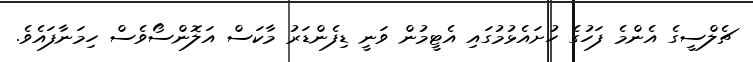
ޗެލްސީގެ އެންމެ ފަހުގެ ހުށައެޅުމުގައި އެޓީމުން ވަނީ ޑިފެންޑަރު މާކަސް އަލޮންސޯވެސް ހިމަނާފައެވެ.